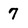
Character: 7